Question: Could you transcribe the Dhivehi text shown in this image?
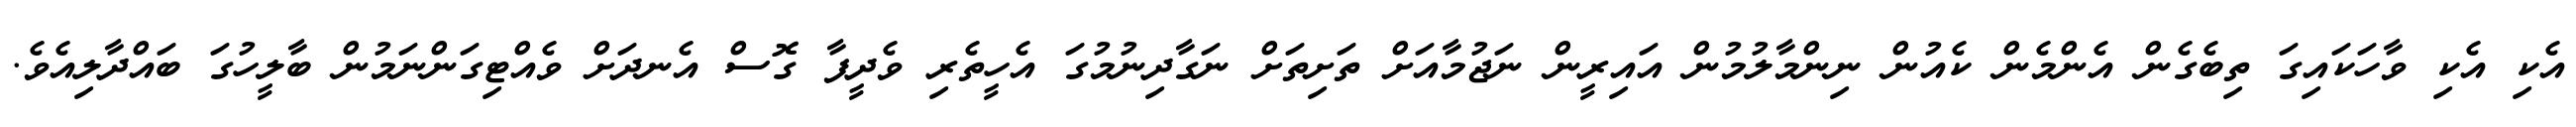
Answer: އެކި އެކި ވާހަކައިގަ ތިބެގެން އެންމެން ކެއުން ނިންމާލުމުން އައިރީން ނަޖުމާއަށް ތަށިތަށް ނަގާދިނުމުގަ އެހީތެރި ވެދީފާ ގޮސް އެނދަށް ވެއްޓިގަންނަމުން ބާލީހުގަ ބައްދާލިއެވެ.